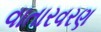
વાતારવરણ